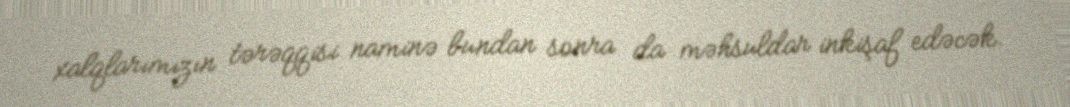
xalqlarımızın tərəqqisi naminə bundan sonra da məhsuldar inkişaf edəcək.